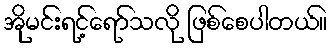
အိုမင်းရင့်ရော်သလို ဖြစ်စေပါတယ်။